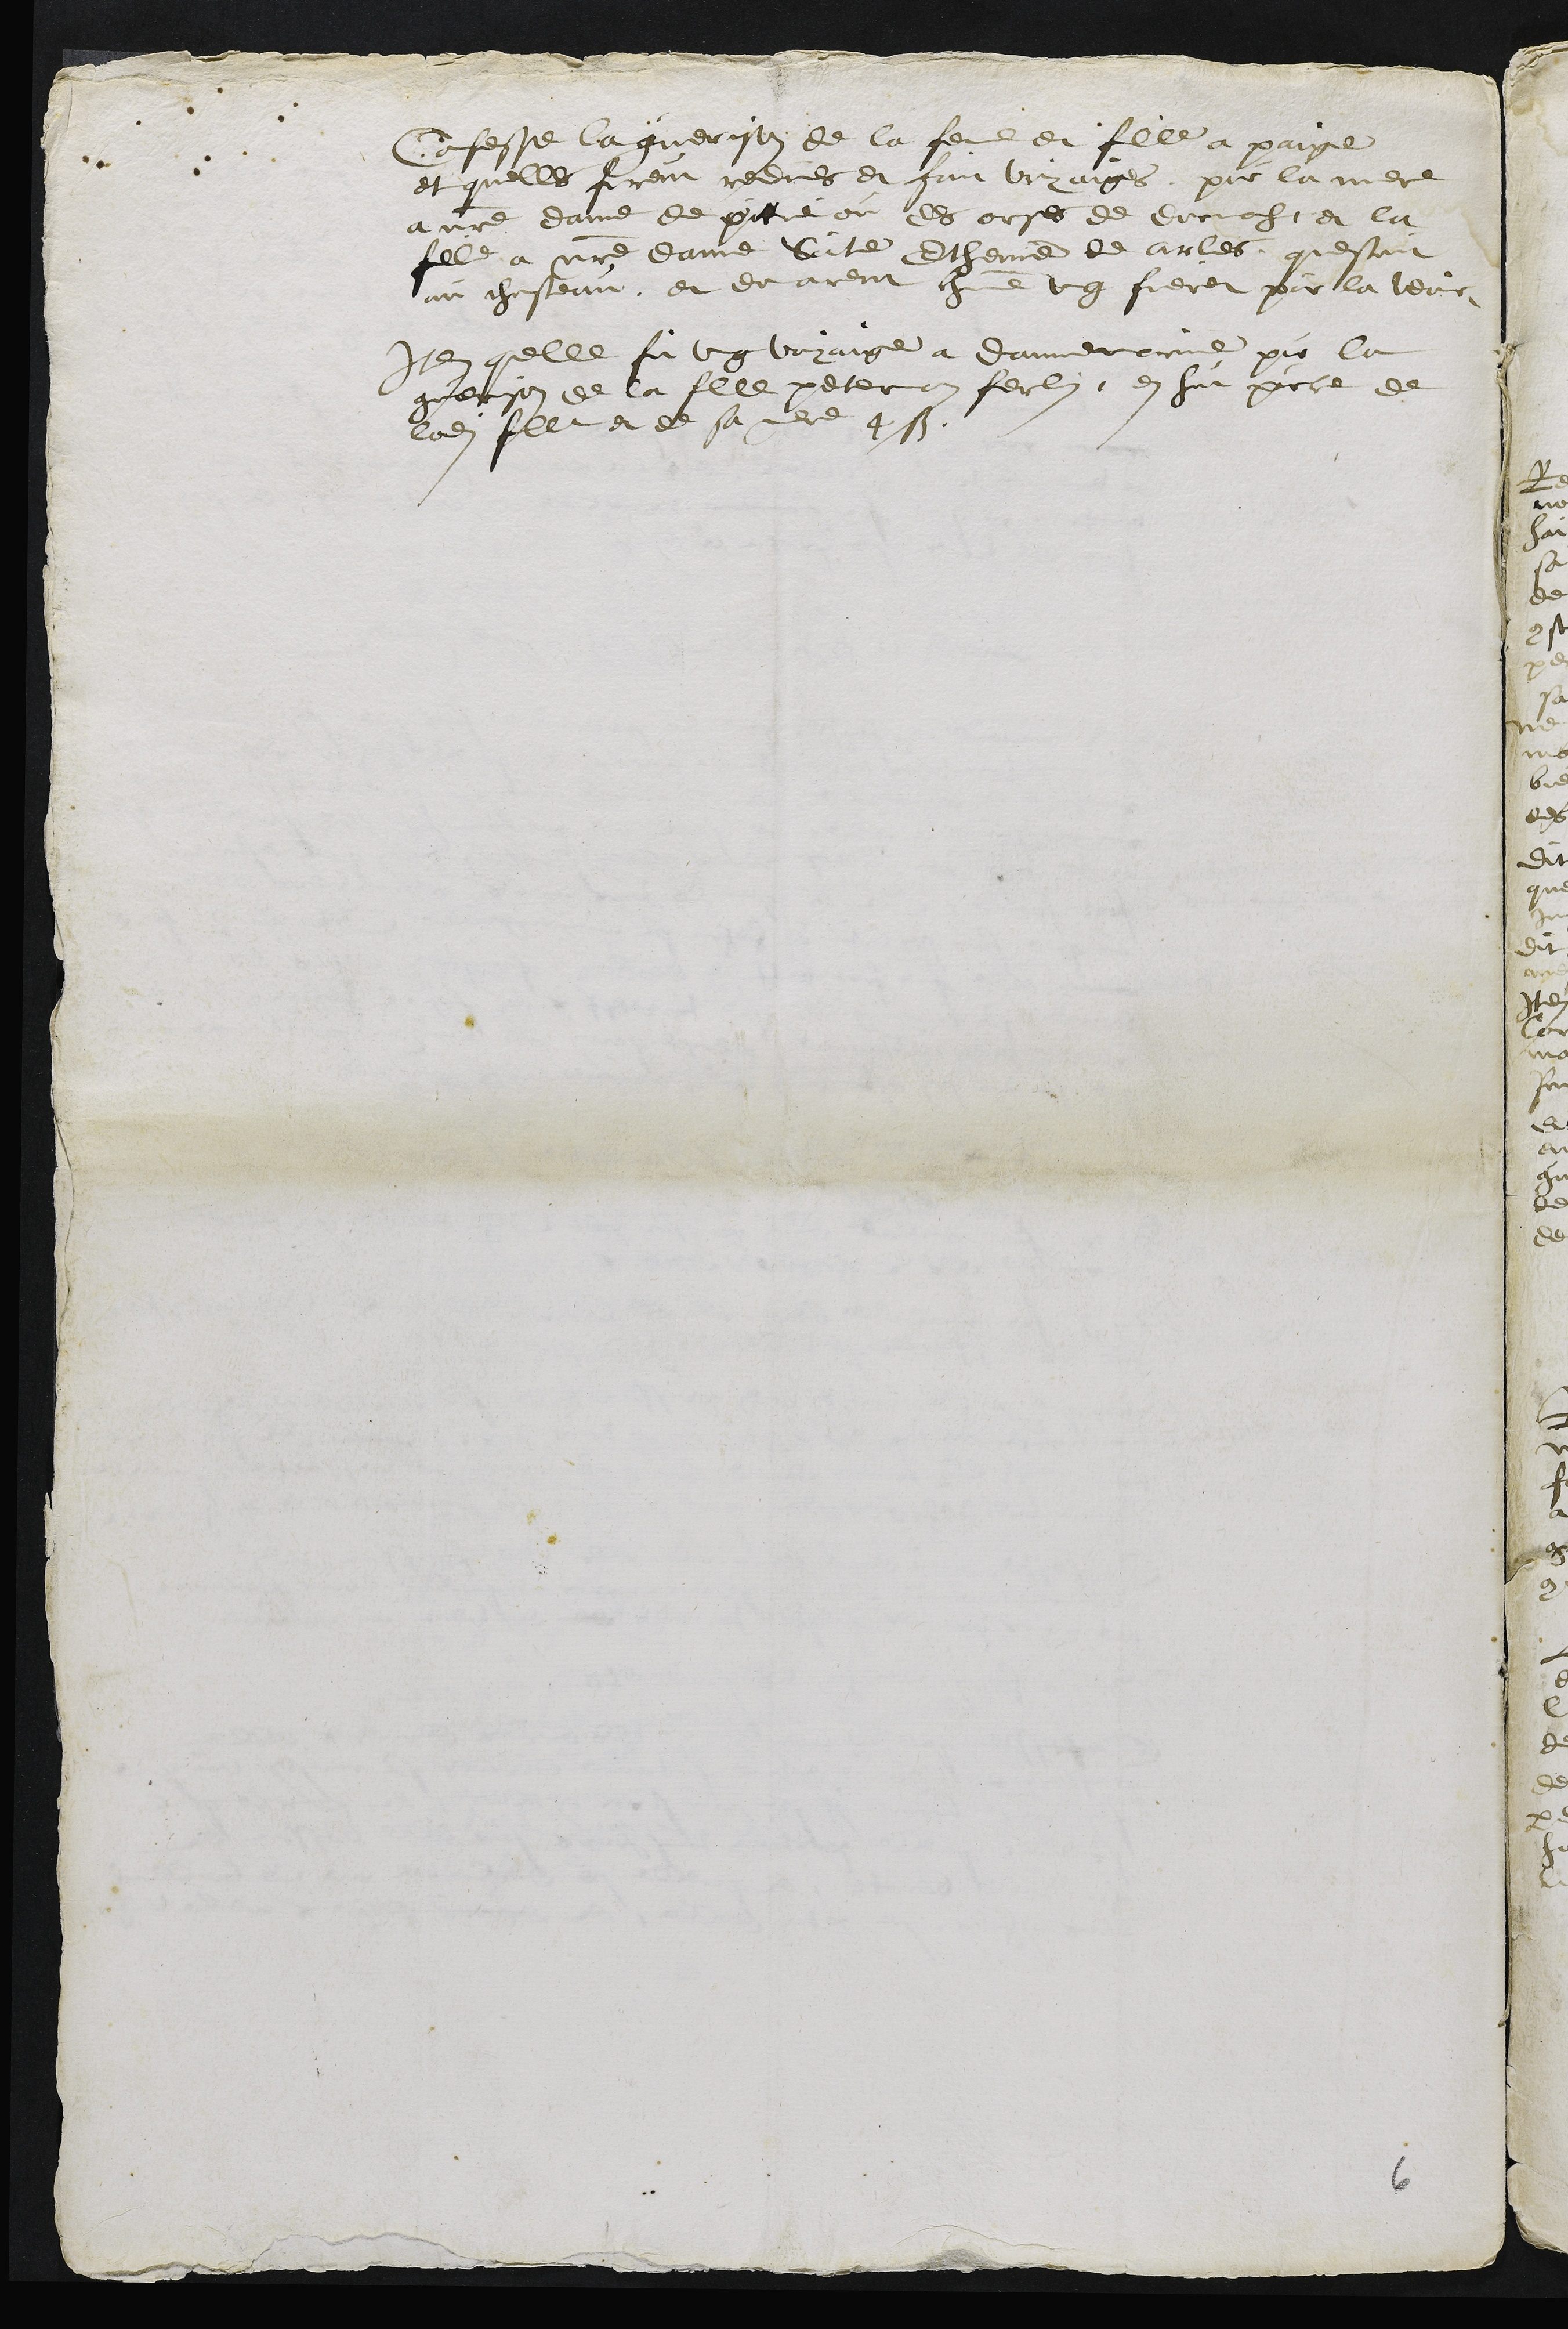
Confesse la guerison de la femme et fille a paige
et quelles furent redues et fait voyaiges, pour la mere
a notre dame de pitie ou des orses de Dornach, et la
fille a notre dame Sainte Etheinne de arles, questoint
au chasteau, et donarent chacune ung fieret pour la leur
Item quelle fit ung voyaige a dannemarie pour la
guerison de la flle peterman ferlin, en hut porce de
ladite fille et de sa mere 4 s.